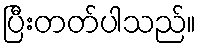
ပြီးတတ်ပါသည်။